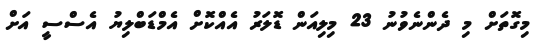
މިގޮތަށް މި ދެންނެވުނު 23 މިލިއަން ޑޮލަރު އެއްކޮށް އެމްޑަބްލިޔު އެސްސީ އަށް